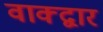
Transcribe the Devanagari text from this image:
वाक्द्वार